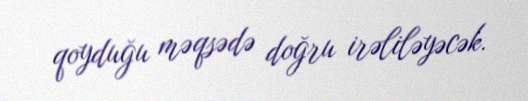
qoyduğu məqsədə doğru irəliləyəcək.